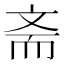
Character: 斋